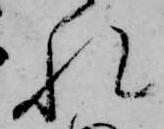
れ